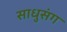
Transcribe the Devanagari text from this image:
साधुसंग